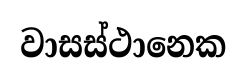
වාසස්ථානෙක